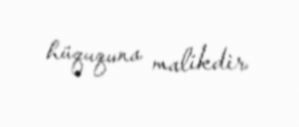
hüququna malikdir.